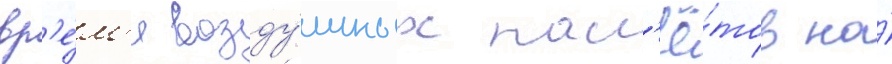
вр'е́м'я возду́шных нал'ё́тов на́